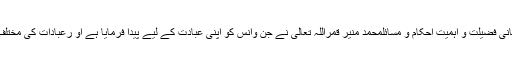
عیدین و قربانی فضیلت و اہمیت احکام و مسائلمحمد منیر قمراللہ تعالیٰ نے جن وانس کو اپنی عبادت کے لیے پیدا فرمایا ہے او رعبادات کی مختلف اقسام ہیں ۔